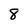
Character: 8